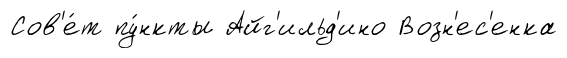
Сов'е́т пу́нкты Айг'ильд'ино Возн'ес'енка